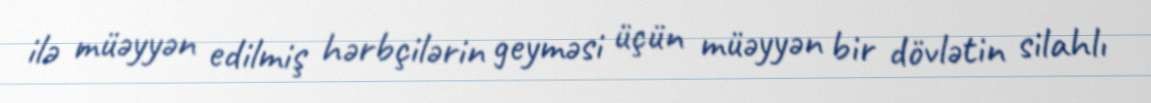
ilə müəyyən edilmiş hərbçilərin geyməsi üçün müəyyən bir dövlətin silahlı